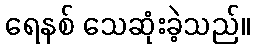
ရေနစ် သေဆုံးခဲ့သည်။